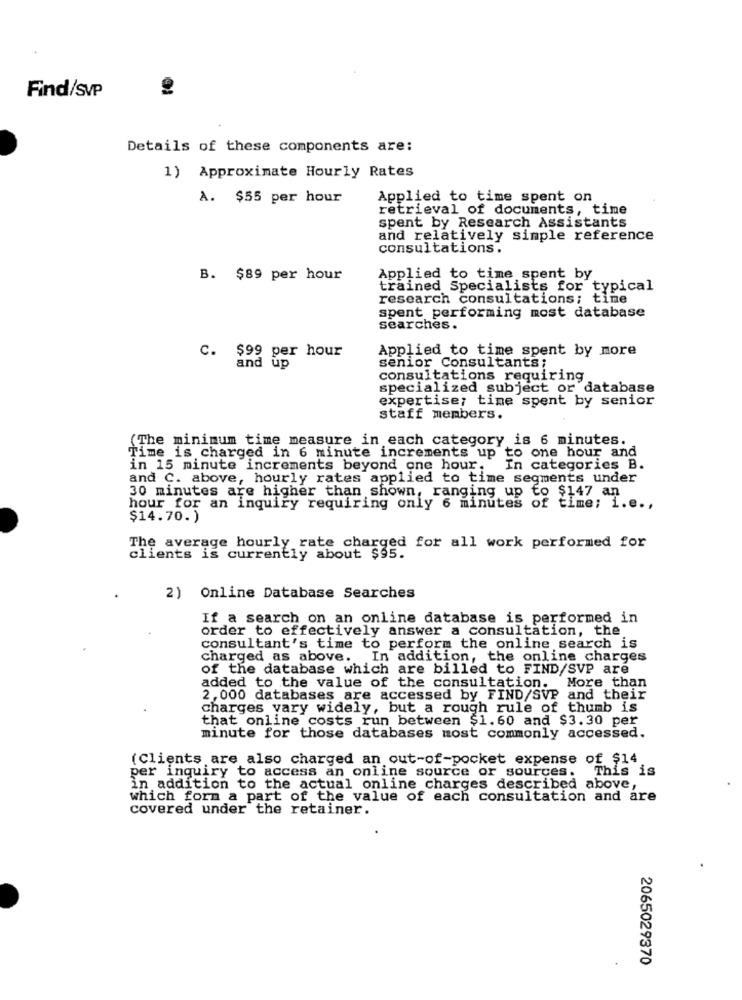
Find/SVP
Details of these components are:
1) Approximate Hourly Rates
A. $55 per hour
Applied to time spent on
retrieval of documents, time
spent by Research Assistants
and relatively simple reference
consultations.
B. $89 per hour
Applied to time spent by
trained Specialists for typical
research consultations; time
spent performing most database
searches.
c. $99 per hour
Applied to time spent by more
and up
senior Consultants;
consultations requiring
specialized subject or database
expertise; time spent by senior
staff members.
(The minimum time measure in each category is 6 minutes.
Time is charged in 6 minute increments up to one hour and
in 15 minute increments beyond one hour.
In categories B.
and C. above, hourly rates applied to time segments under
30 minutes are higher than shown, ranging up to $147 an
hour for an inquiry requiring only 6 minutes of time; i.e .,
$14.70.)
The average hourly rate charged for all work performed for
clients is currently about $95.
2) Online Database Searches
If a search on an online database is performed in
order to effectively answer a consultation, the
consultant's time to perform the online search is
charged as above. In addition, the online charges
of the database which are billed to FIND/SVP are
added to the value of the consultation. More than
2,000 databases are accessed by FIND/SVP and their
charges vary widely, but a rough rule of thumb is
that online costs run between $1.60 and $3.30 per
minute for those databases most commonly accessed.
(Clients are also charged an out-of-pocket expense of $14
per inquiry to access an online source or sources. This is
in addition to the actual online charges described above,
which form a part of the value of each consultation and are
covered under the retainer.
2065029370